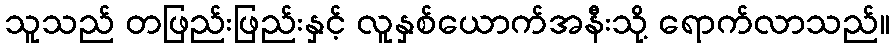
သူသည် တဖြည်းဖြည်းနှင့် လူနှစ်ယောက်အနီးသို့ ရောက်လာသည်။